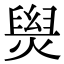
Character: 𤌑